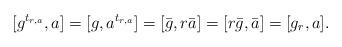
LaTeX: \begin{align*}[g^{t_{r,a}}, a]=[g, a^{t_{r,a}}] = [\bar{g}, r\bar{a}] = [r\bar{g}, \bar{a}] = [ g_r, a].\end{align*}